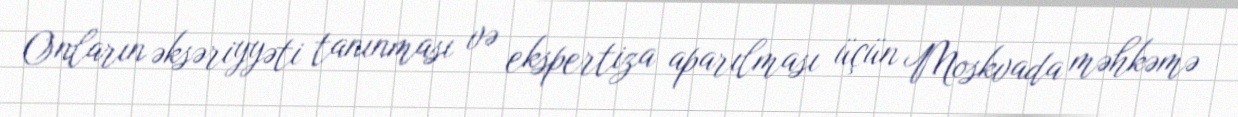
Onların əksəriyyəti tanınması və ekspertiza aparılması üçün Moskvada məhkəmə